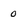
Character: 0